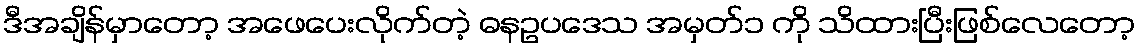
ဒီအချိန်မှာတော့ အဖေပေးလိုက်တဲ့ ဓနဥပဒေသ အမှတ်၁ ကို သိထားပြီးဖြစ်လေတော့